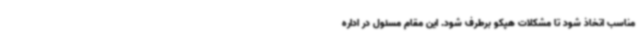
مناسب اتخاذ شود تا مشکلات هپکو برطرف شود. این مقام مسئول در اداره